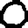
Digit: 0